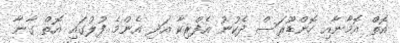
އޮތް އޮމާނާއި ހޮންޑޫރަސް ދެކުނު އެފްރިކާ އަދި އެންމެ ފުލުގައި އޮތް ގާނާ